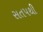
સતપથી